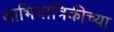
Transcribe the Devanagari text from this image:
आभियांत्रिकीच्या